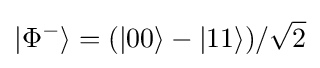
|\Phi ^{-}\rangle =(|00\rangle -|11\rangle )/{\sqrt {2}}